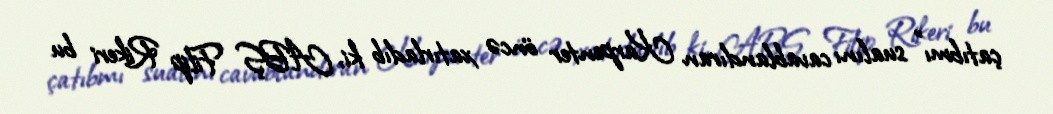
çatıbmı” sualını cavablandıran Karpenter öncə xatırladıb ki, ABŞ Filip Rikeri bu